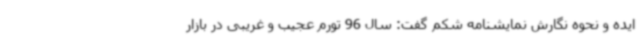
ایده و نحوه نگارش نمایشنامه شکم گفت: سال 96 تورم عجیب و غریبی در بازار